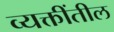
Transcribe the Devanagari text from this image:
व्यक्तींतील